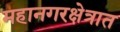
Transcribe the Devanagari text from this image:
महानगरक्षेत्रात